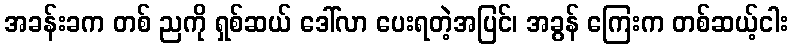
အခန်းခက တစ် ညကို ရှစ်ဆယ် ဒေါ်လာ ပေးရတဲ့အပြင်၊ အခွန် ကြေးက တစ်ဆယ့်ငါး